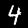
Label: 4